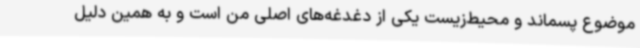
موضوع پسماند و محیط‌زیست یکی از دغدغه‌های اصلی من است و به همین دلیل